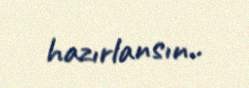
hazırlansın..